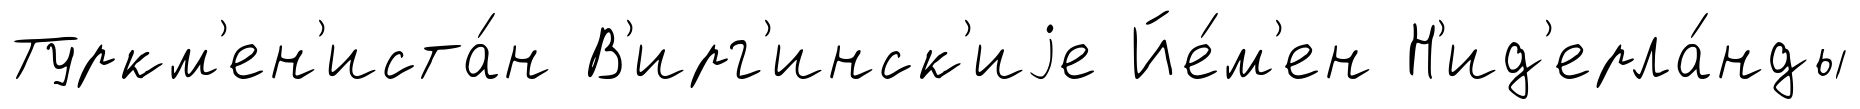
Туркм'ен'иста́н В'ирг'инск'иjе Йе́м'ен Н'ид'ерла́нды